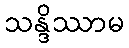
သန္ဒိဿာမ